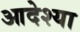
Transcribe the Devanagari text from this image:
आदेश्या